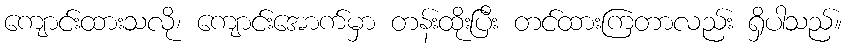
ကျောင်းထားသလို၊ ကျောင်းအောက်မှာ တန်းထိုးပြီး တင်ထားကြတာလည်း ရှိပါသည်။